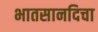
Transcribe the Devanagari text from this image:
भातसानदिचा